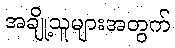
အချို့သူများအတွက်